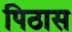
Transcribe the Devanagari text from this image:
पिठास